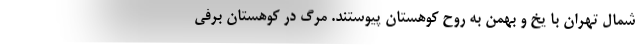
شمال تهران با یخ و بهمن به روح کوهستان پیوستند. مرگ در کوهستان‌ برفی